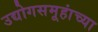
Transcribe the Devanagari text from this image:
उद्योगसमूहांच्या